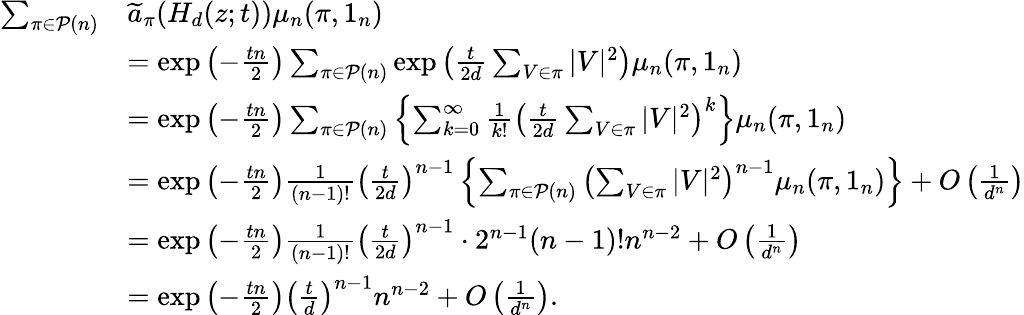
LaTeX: \begin{array}{rl}{\sum_{\pi\in\mathcal{P}(n)}}&{\widetilde{a}_{\pi}(H_{d}(z;t))\mu_{n}(\pi,1_{n})}\\ &{=\exp\left(-\frac{tn}{2}\right)\sum_{\pi\in\mathcal{P}(n)}\exp\left(\frac{t}{2d}\sum_{V\in\pi}|V|^{2}\right)\mu_{n}(\pi,1_{n})}\\ &{=\exp\left(-\frac{tn}{2}\right)\sum_{\pi\in\mathcal{P}(n)}\left\{ \sum_{k=0}^{\infty}\frac{1}{k!}\left(\frac{t}{2d}\sum_{V\in\pi}|V|^{2}\right)^{k}\right\} \mu_{n}(\pi,1_{n})}\\ &{=\exp\left(-\frac{tn}{2}\right)\frac{1}{(n-1)!}\left(\frac{t}{2d}\right)^{n-1}\left\{ \sum_{\pi\in\mathcal{P}(n)}\left(\sum_{V\in\pi}|V|^{2}\right)^{n-1}\mu_{n}(\pi,1_{n})\right\} +O\left(\frac{1}{d^{n}}\right)}\\ &{=\exp\left(-\frac{tn}{2}\right)\frac{1}{(n-1)!}\left(\frac{t}{2d}\right)^{n-1}\cdot 2^{n-1}(n-1)!n^{n-2}+O\left(\frac{1}{d^{n}}\right)}\\ &{=\exp\left(-\frac{tn}{2}\right)\left(\frac{t}{d}\right)^{n-1}n^{n-2}+O\left(\frac{1}{d^{n}}\right).}\end{array}